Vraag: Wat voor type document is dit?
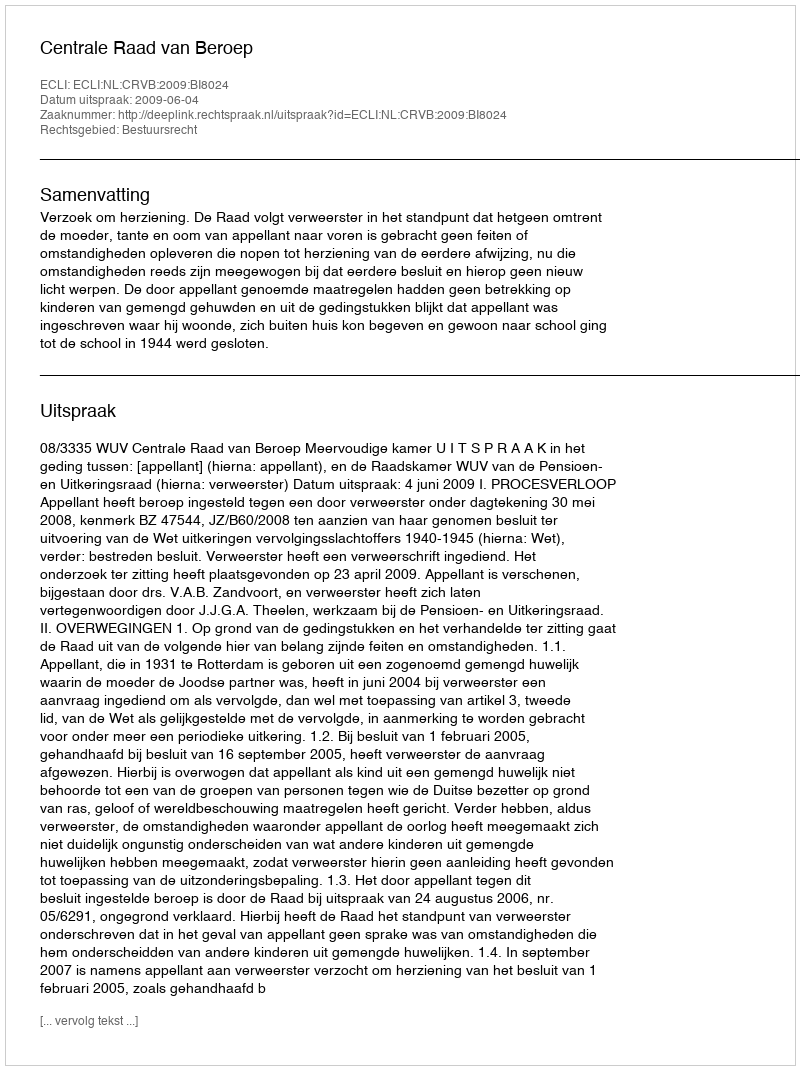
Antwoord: Uitspraak